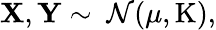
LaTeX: \mathbf{X},\mathbf{Y}\sim\ {\mathcal{N}}(\mathbf{\mu},\operatorname{K}),